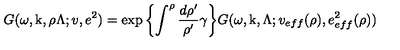
G ( \omega , \mathrm { \boldmath k } , \rho \Lambda ; v , e ^ { 2 } ) = \exp { \left\{ \int ^ { \rho } \frac { d \rho ^ { \prime } } { \rho ^ { \prime } } \gamma \right\} } G ( \omega , \mathrm { \boldmath k } , \Lambda ; v _ { e f f } ( \rho ) , e _ { e f f } ^ { 2 } ( \rho ) )